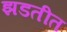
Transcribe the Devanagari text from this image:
झडतीत